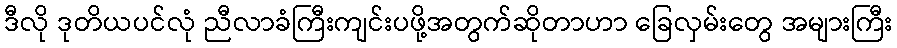
ဒီလို ဒုတိယပင်လုံ ညီလာခံကြီးကျင်းပဖို့အတွက်ဆိုတာဟာ ခြေလှမ်းတွေ အများကြီး